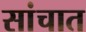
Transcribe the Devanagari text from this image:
सांचात